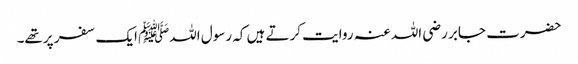
حضرت جابر رضی اللہ عنہ روایت کرتے ہیں کہ رسول اللہﷺ ایک سفر پرتھے۔